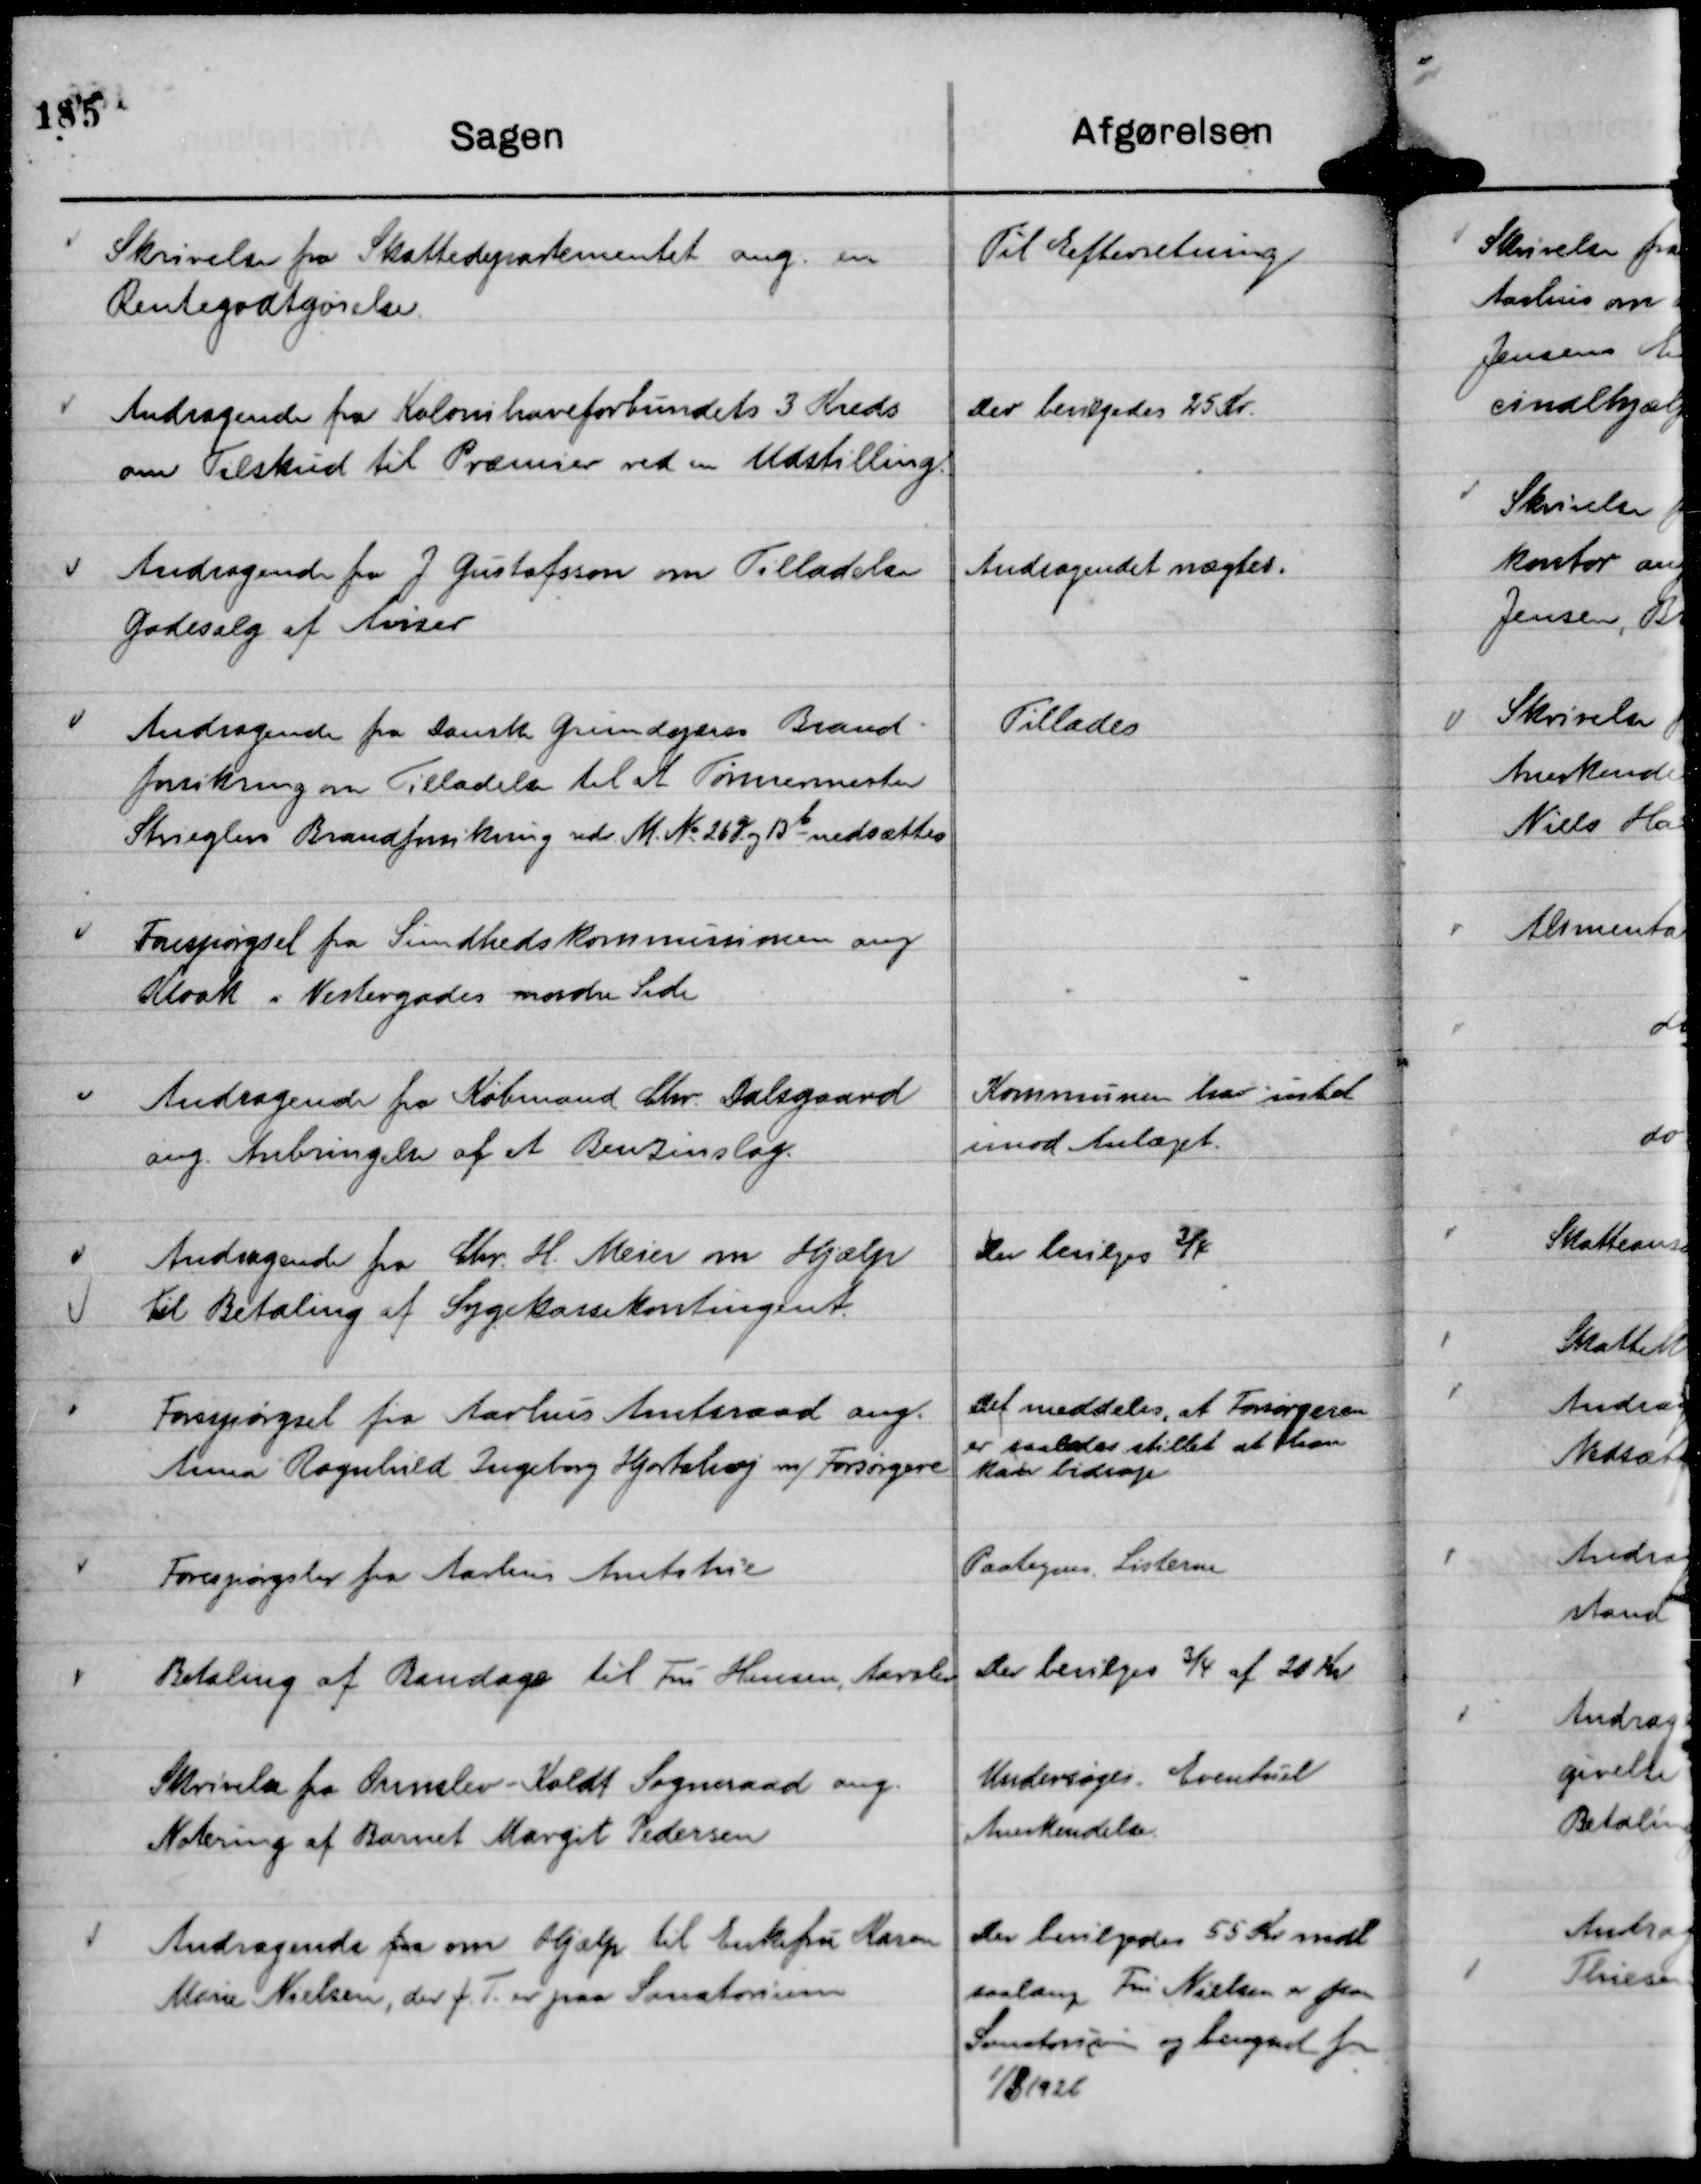
Transskription:
Skrivelse fra Skattedepartementet ang. en
Rentegodtgørelse.

Til Efterretning

Andragende fra Kolonihaveforbundets 3 Kreds
om Tilskud til Præmier ved en Udstilling.

Der bevilgedes 25 Kr.

Andragende fra J Gustafsson om Tilladelse
Gadesalg af Aviser

Andragendet nægtes.

Andragende fra Danske Grundejeres Brand-
forsikring om Tilladelse til at Tømrermester
Strieglers Brandforsikring vedr. M. No 26 g og 13 b nedsættes

Tillades

Forespørgsel fra Sundhedskommissionen ang
Kloak i Vestergades nordre Side

Andragende fra Købmand Chr. Dalsgaard
ang. Anbringelse af et Benzinslag.

Kommunen har intet
imod Anlæget.

Andragende fra Chr. H. Meier om Hjælp
Til Betaling af Sygekassekontingent.

Der bevilges ¾

Forespørgsel fra Aarhus Amtsraad ang.
Anna Ragnhild Ingeborg Hjortshøj m/ Forsørgere

Det meddeles, at Forsørgeren
er saaledes stillet at han
kan bidrage

Forespørgsler fra Aarhus Amtstue

Paategnes Listerne

Betaling af Bandage til Fru Hansen, Aarslev

Der bevilges ¾ af 20 Kr

Skrivelse fra Ormslev - Kolt Sogneraad ang.
Notering af Barnet Margit Pedersen

Undersøges. Eventuel
Anerkendelse.

Andragende fra om Hjælp til Enkefru Karen
Marie Nielsen, der f. T. er paa Sanatorium

Der bevilgedes 55 Kr mdl
saalænge Fru Nielsen er paa
Sanatorium og beregnet fra
1/8 1926